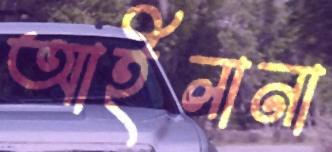
আইলানা